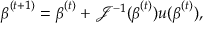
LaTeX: { \boldsymbol { \beta } } ^ { ( t + 1 ) } = { \boldsymbol { \beta } } ^ { ( t ) } + { \mathcal { J } } ^ { - 1 } ( { \boldsymbol { \beta } } ^ { ( t ) } ) u ( { \boldsymbol { \beta } } ^ { ( t ) } ) ,